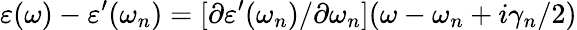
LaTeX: \varepsilon(\omega)-\varepsilon^{\prime}(\omega_{n})=[\partial\varepsilon^{\prime}(\omega_{n})/\partial\omega_{n}](\omega-\omega_{n}+i\gamma_{n}/2)